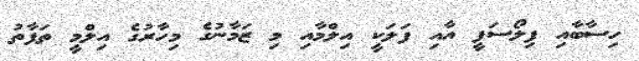
ހިސާބާއި ފިލޯސަފީ އާއި ފަލަކީ އިލްމާއި މި ޒަމާނުގެ މިހާރުގެ އިލްމީ ތަފާތު